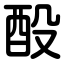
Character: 酘